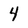
Character: 4